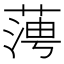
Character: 𦶊